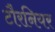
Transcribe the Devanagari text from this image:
टौरनियर